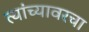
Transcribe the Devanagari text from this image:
त्यांच्यावरचा